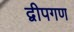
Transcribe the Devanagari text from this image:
द्वीपगण